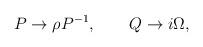
LaTeX: \begin{align*}P \rightarrow \rho P^{-1}, \qquad Q \rightarrow i\Omega,\end{align*}